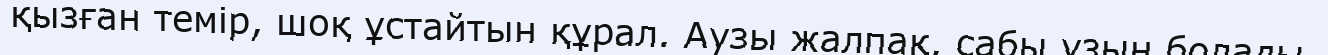
қызған темір, шоқ ұстайтын құрал. Аузы жалпақ, сабы ұзын болады.